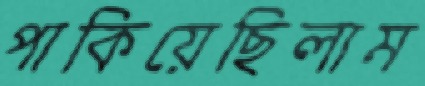
পাকিয়েছিলাম